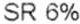
SR 6%